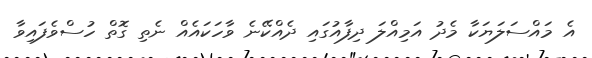
އެ މައްސަލަޔަކާ މެދު އަމިއްލަ ދިފާއުގައި ދެއްކޭނެ ވާހަކައެއް ނެތި ގޮތް ހުސްވެފައިވާ